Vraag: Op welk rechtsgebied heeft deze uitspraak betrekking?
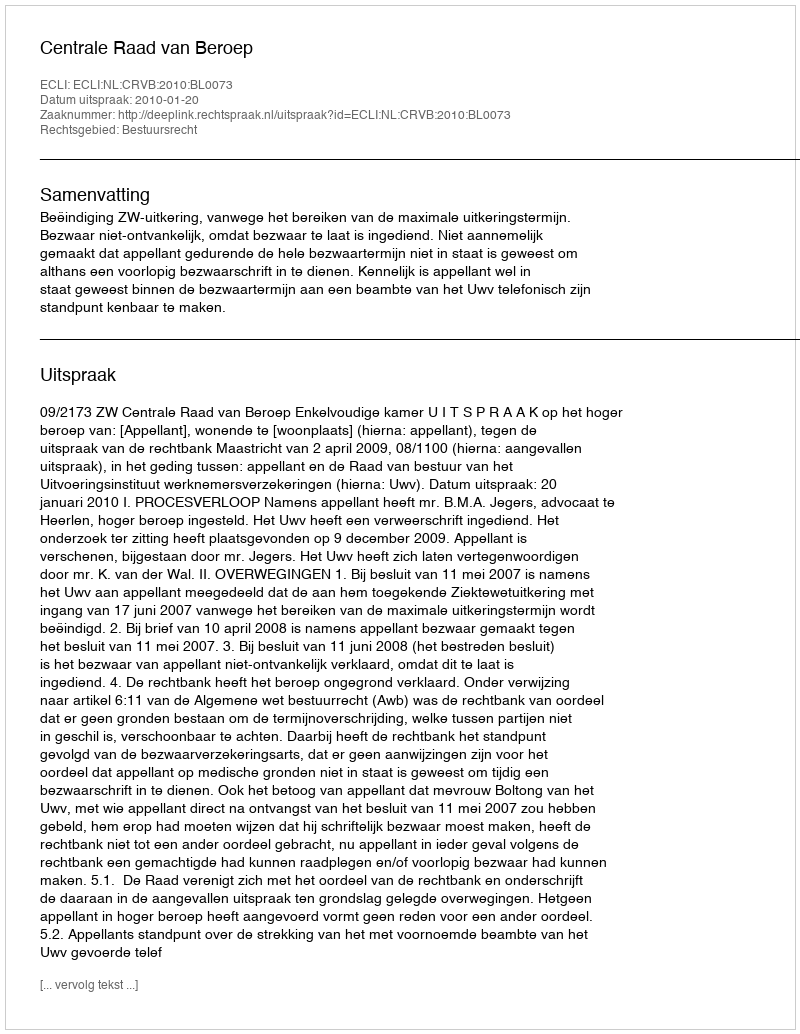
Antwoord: Bestuursrecht